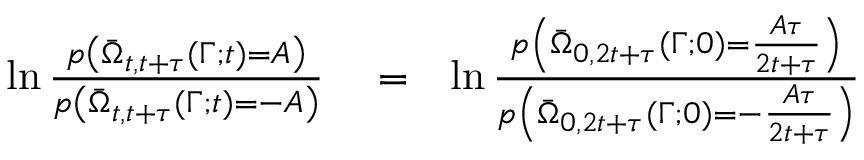
\begin{array} { r l r } { \ln \frac { p \left( \bar { \Omega } _ { t , t + \tau } ( \Gamma ; t ) = A \right) } { p \left( \bar { \Omega } _ { t , t + \tau } ( \Gamma ; t ) = - A \right) } } & { { } = } & { \ln \frac { p \left( \bar { \Omega } _ { 0 , 2 t + \tau } ( \Gamma ; 0 ) = \frac { A \tau } { 2 t + \tau } \right) } { p \left( \bar { \Omega } _ { 0 , 2 t + \tau } ( \Gamma ; 0 ) = - \frac { A \tau } { 2 t + \tau } \right) } } \end{array}